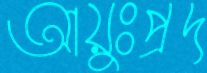
আয়ুঃপ্রদ